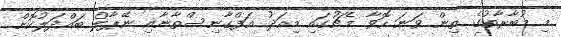
މި މުބާރާތުގެ ތިން ވަނަ ހޮވާ މެޗުގައި މިއަދު އަފްގާނިސްތާނާއި ނޭޕާލް ބައްދަލުކޮށް